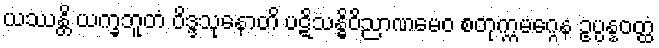
ယဿန္တိ ယက္ခဘူတံ ဝိဒ္ဒသုနောတိ ပဋိသန္ဓိဝိညာဏမေဝ စတုက္ကမဂ္ဂေန ဥပ္ပန္နဝတ္ထံ